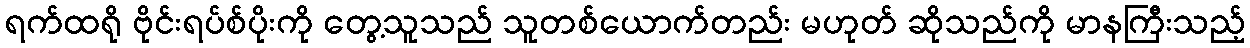
ရက်ထရို ဗိုင်းရပ်စ်ပိုးကို တွေ့သူသည် သူတစ်ယောက်တည်း မဟုတ် ဆိုသည်ကို မာနကြီးသည့်